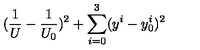
( \frac { 1 } { U } - \frac { 1 } { U _ { 0 } } ) ^ { 2 } + \sum _ { i = 0 } ^ { 3 } ( y ^ { i } - y _ { 0 } ^ { i } ) ^ { 2 }